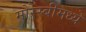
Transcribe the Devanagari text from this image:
मोरेस्बीमध्ये